Vaccination in Bombay 1863-1868 - 1863-1868
Year: 1863
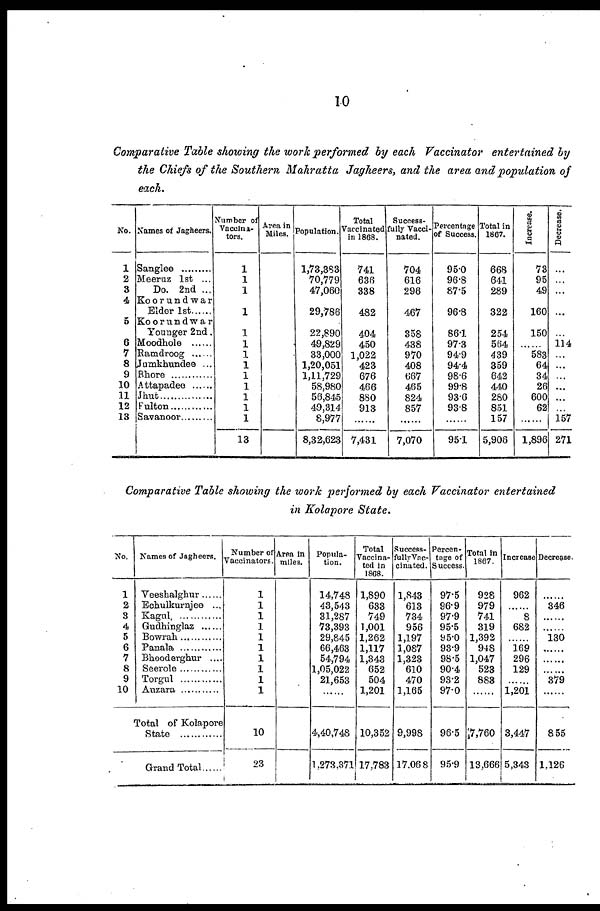
10
Comparative Table showing the work performed by each Vaccinator entertained by
the Chiefs of the Southern Mahratta Jagheers, and the area and population of
each.
No.
1
2
3
4
5
6
7
8
9
10
11
12
13
Names of Jagheers.
Sanglee ........
Meeruz 1st ...
Do. 2nd ...
Koorundwar
Elder 1st ......
Koorundwar
Younger 2nd
Moodhole ......
Ramdroog ......
Jumkhundee ...
Bhore ............
Attapadee ......
Jhut
Pulton ........
Savanoor ........
Number of
Vaccina¬
tors.
1
1
1
1
1
1
1
1
1
1
1
1
1
13
Area in
Miles. Population.
1,73,383
70,779
47,060
29,786
22,890
49,829
33,000
1,20,051
1,11,729
58,980
56,845
49,314
8,977
8,32,623
Total
Vaccinated
in 1868.
741
636
338
482
404
450
1,022
423
676
466
880
913
......
7,431
Success-
fully Vacci-
nated.
704
616
296
467
358
438
970
408
667
465
824
857
......
7,070
Percentage
of Success.
95.0
96.8
87.5
96.8
86.1
97.3
94.9
94.4
98.6
99.8
93.6
93.8
......
95.1
Total in
1867.
668
641
289
322
254
564
439
359
642
440
280
851
157
5,906
Increase.
73
95
49
160
150
...
583
64
34
26
600
62
......
1,896
Decrease.
...
...
...
...
...
114
...
...
...
...
...
...
157
271
Comparative Table showing the work performed by each Vaccinator entertained
in Kolapore State.
No.
1
2
8
4
5
6
7
8
9
10
Names of Jagheers.
Veeshalghur ......
Echulkurnjee ...
Kagul ...............
Gudhinglaz ......
Bowrah ............
Panala ............
Bhooderghur ....
Seerole ............
Torgul
Auzara ............
Total of Kolapore
State
Grand Total ......
Number of
Vaccinators.
1
1
1
1
1
1
1
1
1
1
10
23
Area in
miles.
Popula-
tion.
14,748
43,543
31,287
73,393
29,845
66,463
54,794
1,05,022
21,653
......
4,40,748
1,273,371
Total
Vaccina-
ted in
1868.
1,890
633
749
1,001
1,262
1,117
1,343
652
504
1,201
10,352
17,783
Success¬
fullyVac¬
cinated.
1,843
613
734
956
1,197
1,087
1,323
610
470
1,165
9,998
17,068
Percen¬
tage of
Success.
97.5
96.9
97.9
95.5
95.0
93.9
98.5
90.4
93.2
97.0
96.5
95.9
Total in
1867.
928
979
741
319
1,392
948
1,047
523
883
......
7,760
13,666
Increase
962
......
8
682
......
169
296
129
......
1,201
3,447
5,343
Decrease.
......
346
...
......
130
......
......
......
379
......
855
1,126